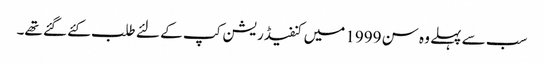
سب سے پہلے وہ سن 1999 میں کنفیڈریشن کپ کے لئے طلب کئے گئے تھے۔